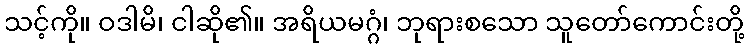
သင့်ကို။ ဝဒါမိ၊ ငါဆို၏။ အရိယမဂ္ဂံ၊ ဘုရားစသော သူတော်ကောင်းတို့